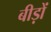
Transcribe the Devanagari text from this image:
बीड़ों